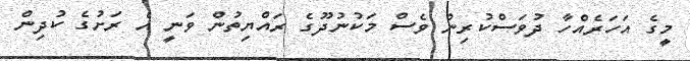
މީގެ އަހަރެއްހާ ދުވަސްކުރިން ވެސް މަކުނުދޫގެ ރައްޔިތުން ވަނީ އެ ރަށުގެ ކުދިން